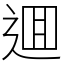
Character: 逥